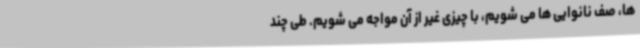
ها، صف نانوایی ها می شویم، با چیزی غیر از آن مواجه می شویم. طی چند